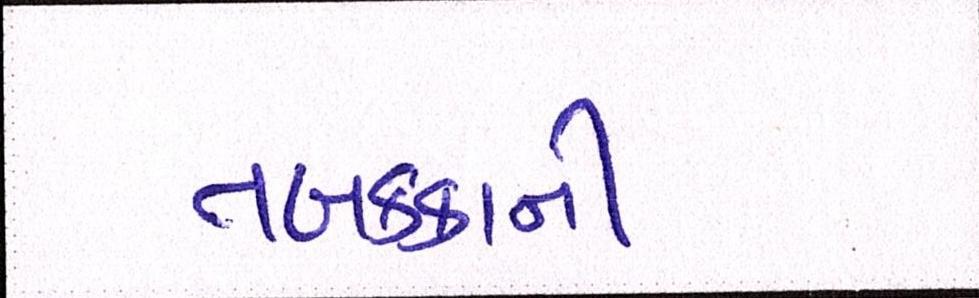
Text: તબક્કાની